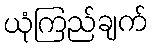
ယုံကြည်ချက်